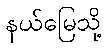
နယ်မြေသို့